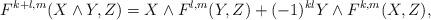
LaTeX: \begin{align*}F^{k+l,m}(X\wedge Y,Z)=X\wedge F^{l,m}(Y,Z)+(-1)^{kl}Y\wedge F^{k,m}(X,Z),\end{align*}